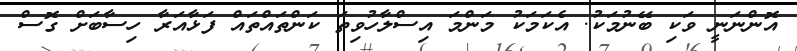
އޮންނަނީ ވަކި ބޭނުމަކު. އެކަމަކު މަންމަ އިސްލާހުވިތަ ކަންތައްތައް ފަޅާއަރާ ހިސާބަށް ގޮސް